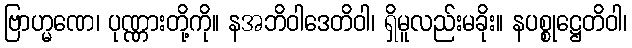
ဗြာဟ္မဏေ၊ ပုဏ္ဏားတို့ကို။ နအဘိဝါဒေတိဝါ၊ ရှိမူလည်းမခိုး။ နပစ္စုဋ္ဌေတိဝါ၊